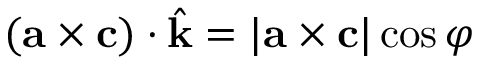
( { \bf { a } } \times { \bf { c } } ) \cdot \hat { \bf { k } } = | { \bf { a } } \times { \bf { c } } | \cos \varphi